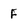
Character: F